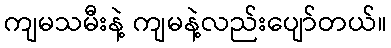
ကျမသမီးနဲ့ ကျမနဲ့လည်းပျော်တယ်။